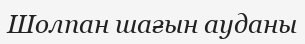
Шолпан шағын ауданы